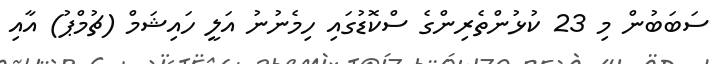
ސަބަބުން މި 23 ކުޅުންތެރިންގެ ސްކޮޑުގައި ހިމެނުނު އަލީ ހައިޝަމް (ޗުމްޕު) އާއި